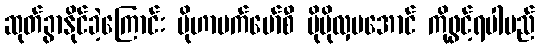
ဆုတ်ခွာနိုင်ခဲ့ကြောင်း မိုဟာမက်မော်စီ ပိုမိုလှပအောင် ကိုဖွင့်ရပါမည်